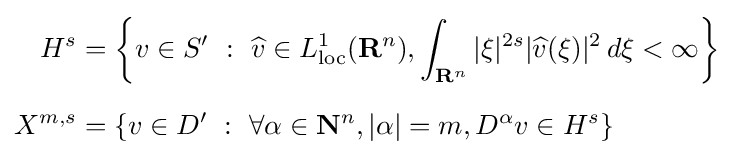
{\begin{aligned}H^{s}&=\left\{v\in S'\ :\ {\widehat {v}}\in L_{\text{loc}}^{1}(\mathbf {R} ^{n}),\int _{\mathbf {R} ^{n}}|\xi |^{2s}|{\widehat {v}}(\xi )|^{2}\,d\xi <\infty \right\}\\[6pt]X^{m,s}&=\left\{v\in D'\ :\ \forall \alpha \in \mathbf {N} ^{n},|\alpha |=m,D^{\alpha }v\in H^{s}\right\}\\\end{aligned}}